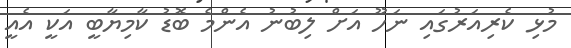
މުޅި ކެރިއަރުގައި ނަހޫ އަށް ލިބުނު އެންމެ ބޮޑު ކާމިޔާބީ އަކީ އެއީ